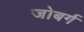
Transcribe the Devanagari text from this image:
जोबर्ग